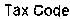
TAX CODE